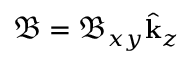
\boldsymbol { \mathfrak { B } } = \mathfrak { B } _ { x y } \hat { \mathbf { k } } _ { z }